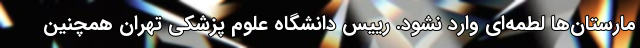
مارستان‌ها لطمه‌ای وارد نشود. رییس دانشگاه علوم پزشکی تهران همچنین